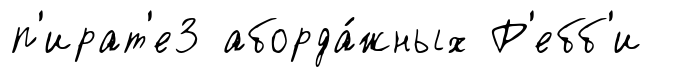
п'ират'е3 аборда́жных Р'ебб'и